Jaan_Tonisson_(Lasteleht), lk 62
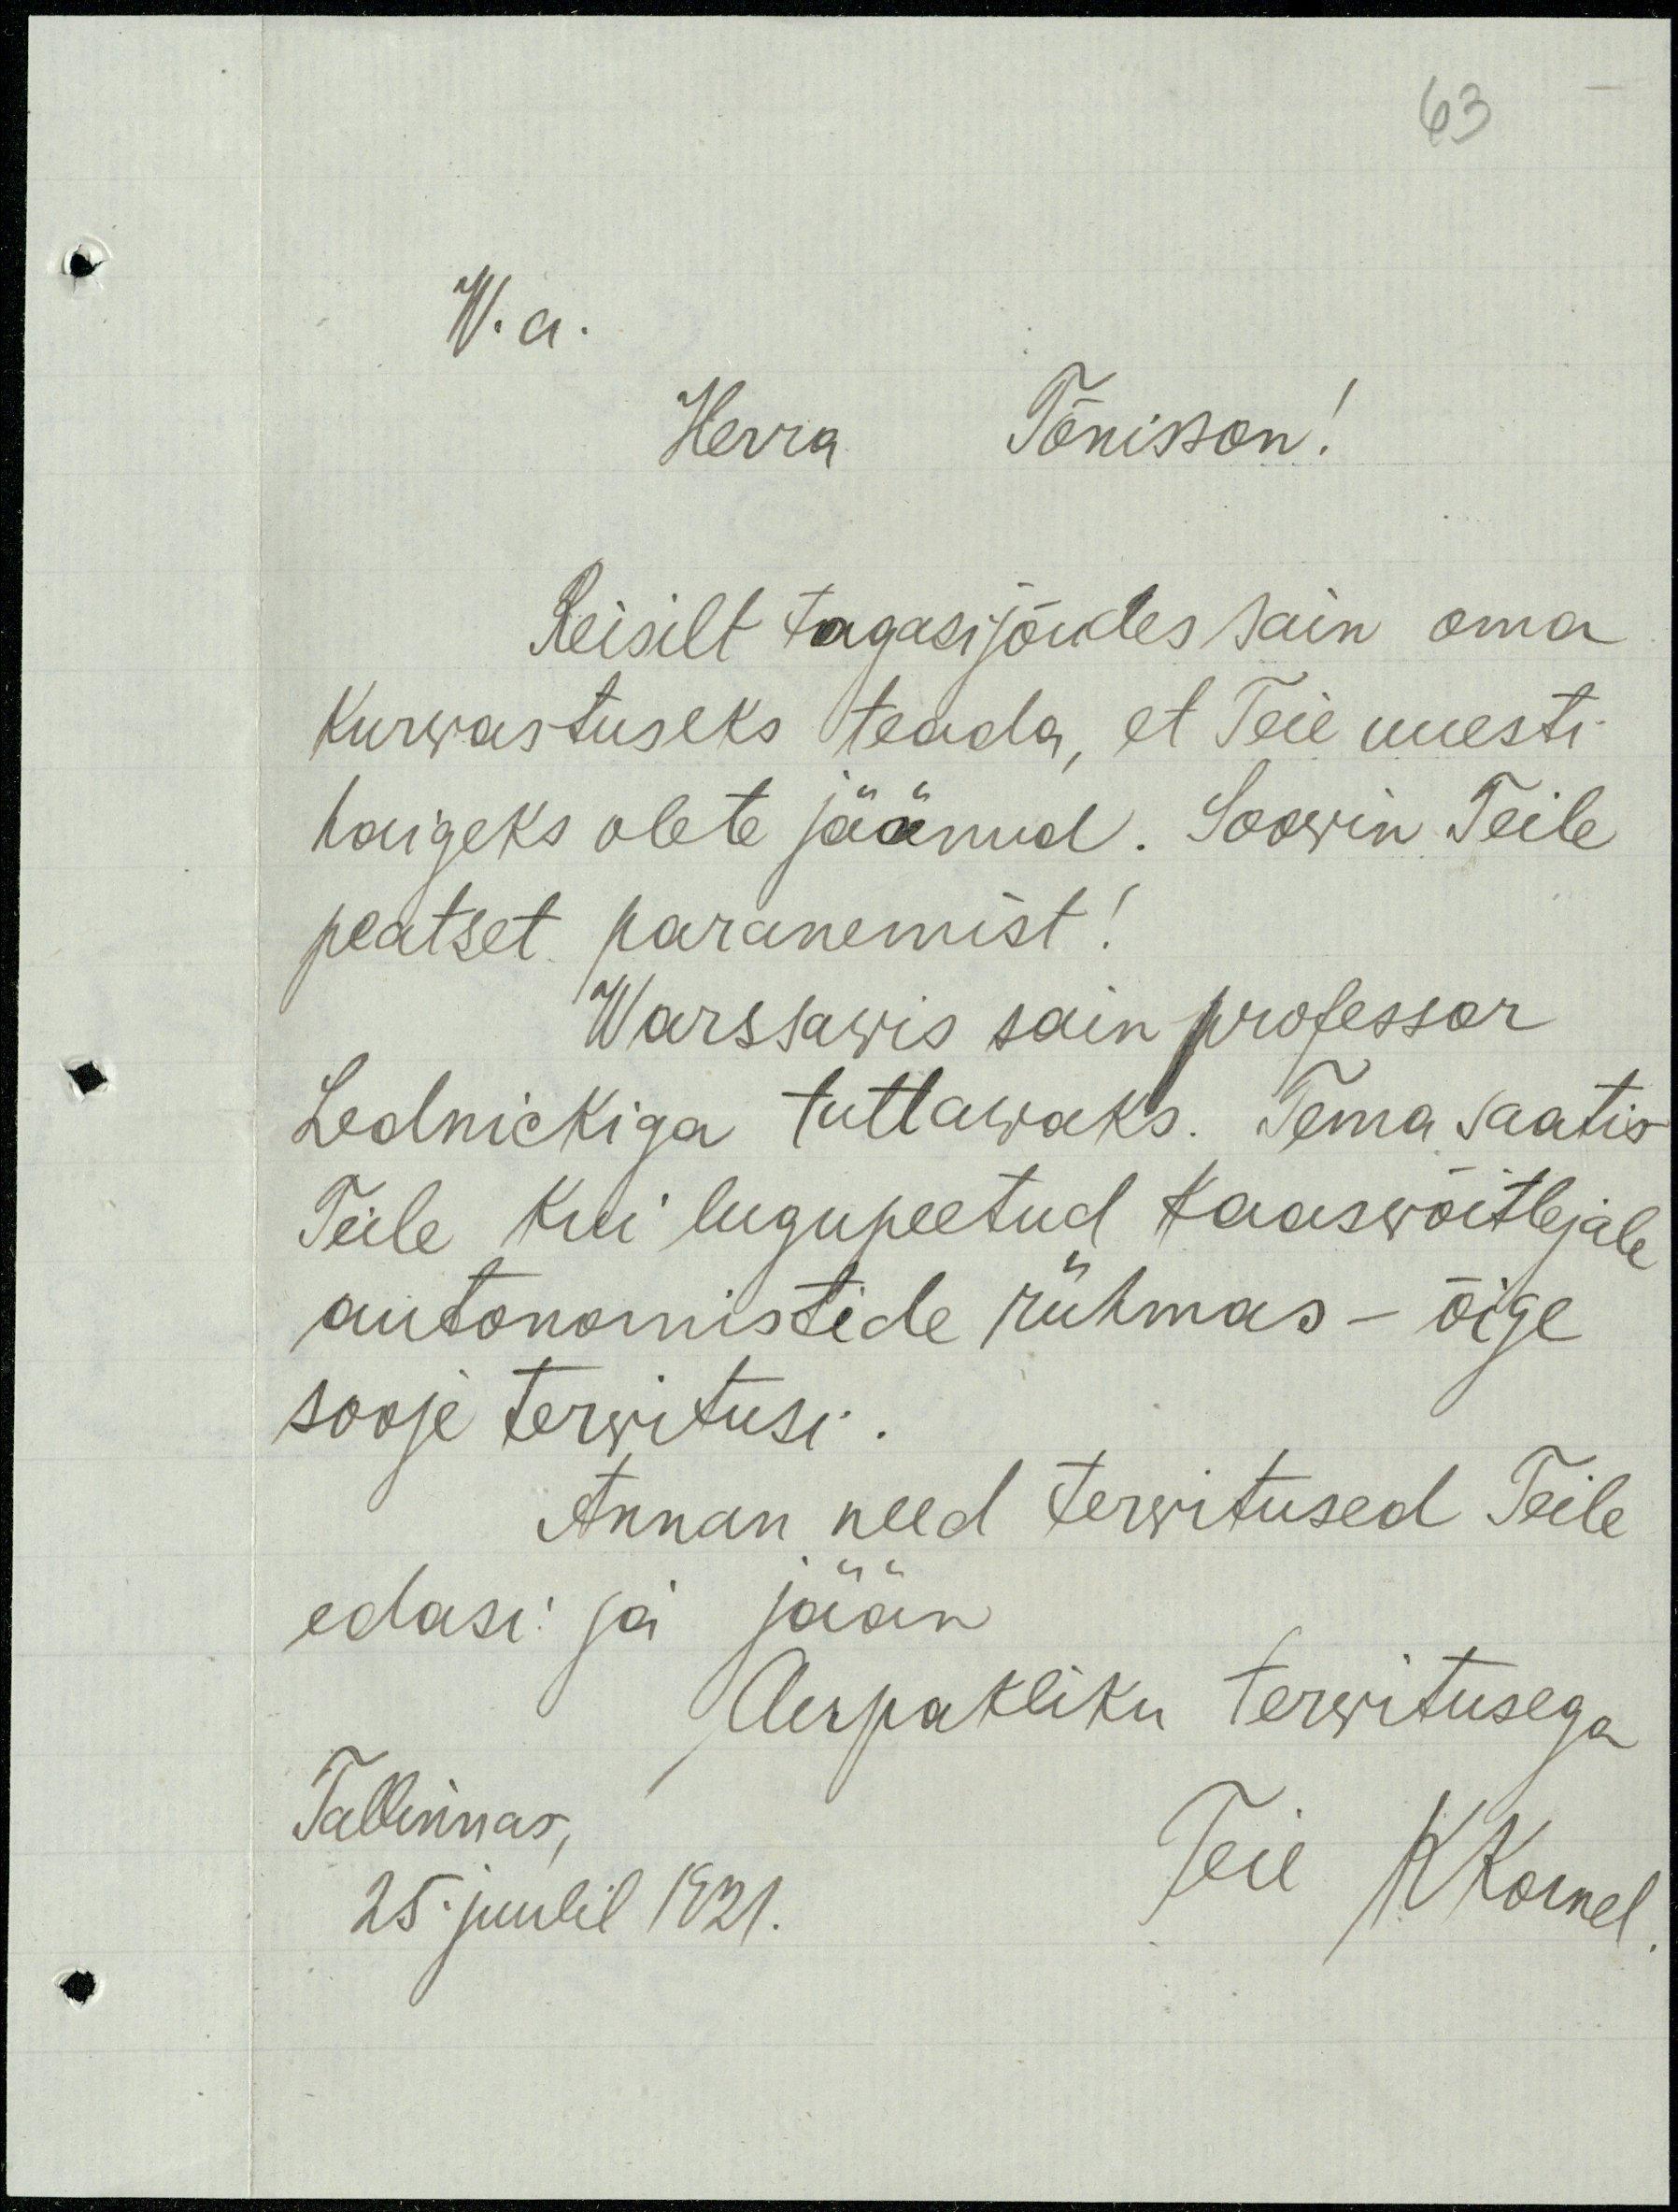
63
W.a.
Herra Tõnisson!
Reisilt tagasi jõudes sain oma
Kurwastuseks teada, et Teie uuesti
haigeks olete jäänud. Soowin Teile
peatset paranemist!
Warssawis sain professor
Lednickiga tuttawaks. Tema saatis
Teile kui lugupeetud kaaswõitlejale
autonomistide rühmas - õige
sooje terwitusi.
Annan need terwitused Teile
edasi ja jään
Aupakliku terwitusega
Talinnas,
25 juulil 1921.
Teie KKornel